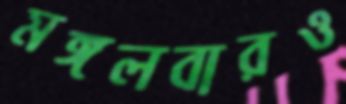
মঙ্গলবারও